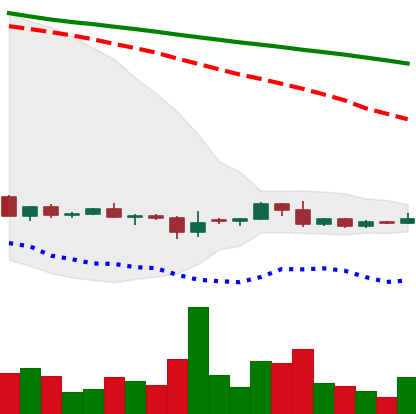
Ticker: DOGE-USD
Chart end date: 2022-06-06
Forward return: -15.31%
Label: down_7plus